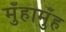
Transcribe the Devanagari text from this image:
मुँहामुँह